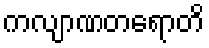
ကလျာဏတရောတိ